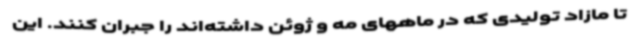
تا مازاد تولیدی که در ماههای مه و ژوئن داشته‌اند را جبران کنند. این